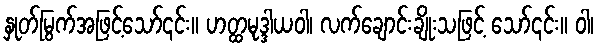
နှုတ်မြွက်အဖြင့်သော်၎င်း။ ဟတ္ထမုဒ္ဒါယဝါ၊ လက်ချောင်းချိုးသဖြင့် သော်၎င်း။ ဝါ၊